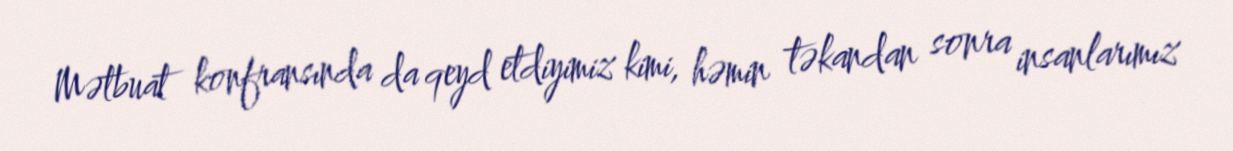
Mətbuat konfransında da qeyd etdiyimiz kimi, həmin təkandan sonra insanlarımız